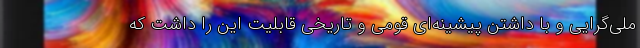
ملی‌گرایی و با داشتن پیشینه‌ای قومی و تاریخی قابلیت این را داشت که